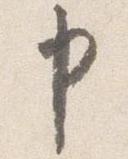
申